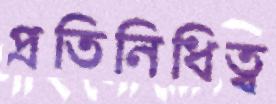
প্রতিনিধিত্ব